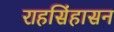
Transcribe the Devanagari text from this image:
राहसिंहासन